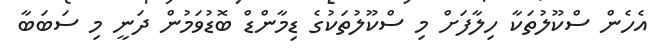
އެހެން ސްކޫލުތަކާ ހިލާފަށް މި ސްކޫލުތަކުގެ ޑިމާންޑް ބޮޑުވަމުން ދަނީ މި ސަބަބާ